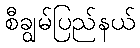
စီချွမ်ပြည်နယ်